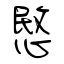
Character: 愍